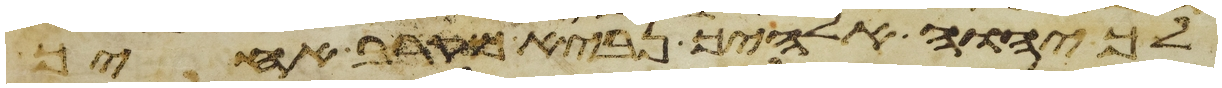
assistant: יהוה אלהיך נביא מקרב אחיך